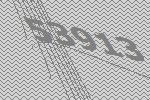
53913